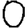
Digit: 0